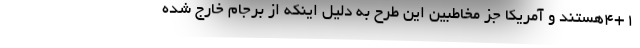
۴+۱هستند و آمریکا جز مخاطبین این طرح به دلیل اینکه از برجام خارج شده